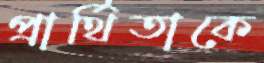
প্রার্থিতাকে